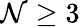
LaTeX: \mathcal{N}\ge3